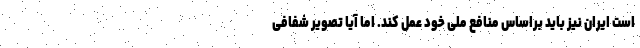
است ایران نیز باید براساس منافع ملی خود عمل کند. اما آیا تصویر شفافی